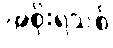
အစိုးရသစ်